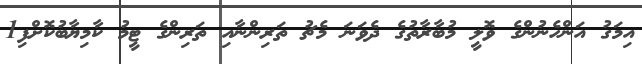
އިމަގު އަންހެނުންގެ ވޮލީ މުބާރާތުގެ ދެވަނަ މެޗު ތަރިންނާއި ތަރިންގެ ޓީމު ކާމިޔާބުކޮށްފި1